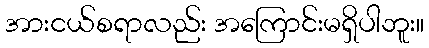
အားငယ်စရာလည်း အကြောင်းမရှိပါဘူး။